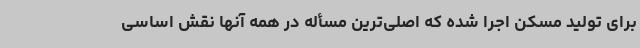
برای تولید مسکن اجرا شده که اصلی‌ترین مسأله در همه آنها نقش اساسی